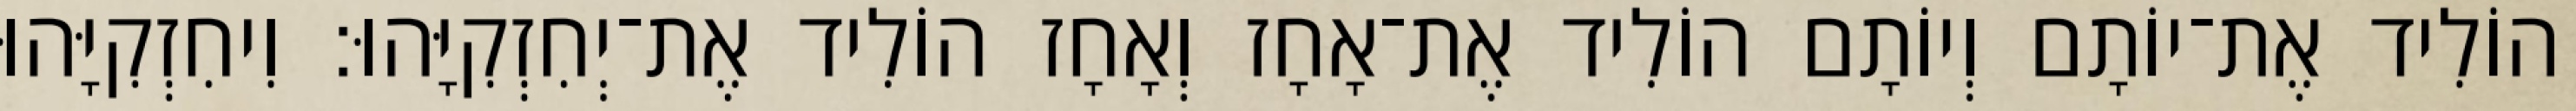
הוֹלִיד אֶת־יוֹתָם וְיוֹתָם הוֹלִיד אֶת־אָחָז וְאָחָז הוֹלִיד אֶת־יְחִזְקִיָּהוּ׃ וִיחִזְקִיָּהוּ